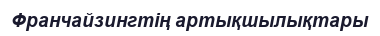
Франчайзингтің артықшылықтары